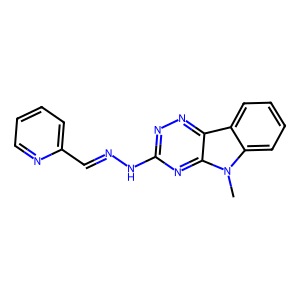
SMILES: Cn1c2ccccc2c2nnc(NN=Cc3ccccn3)nc21
Inhibits HIV replication: No